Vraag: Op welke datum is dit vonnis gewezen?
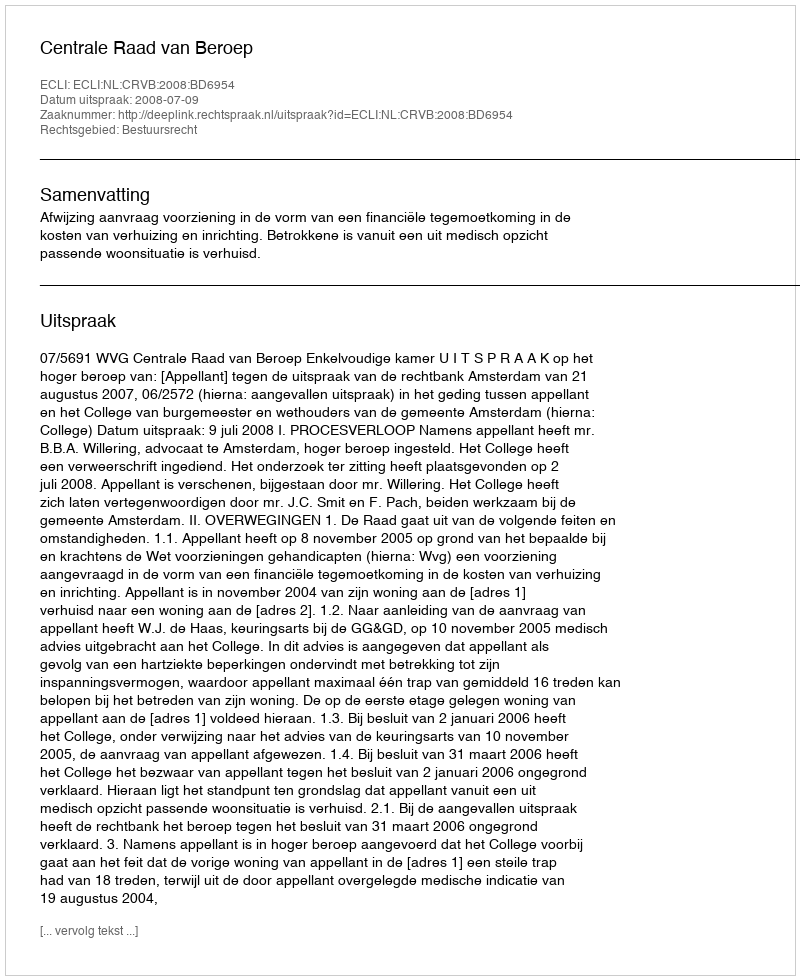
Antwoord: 2008-07-09